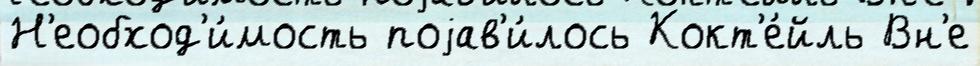
Н'еобход'и́мость поjав'и́лось Кокт'е́йль Вн'е